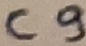
Text: C9